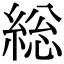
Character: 総